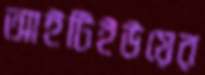
আইটিইউয়ের